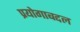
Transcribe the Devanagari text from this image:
प्रयोगाबद्दल